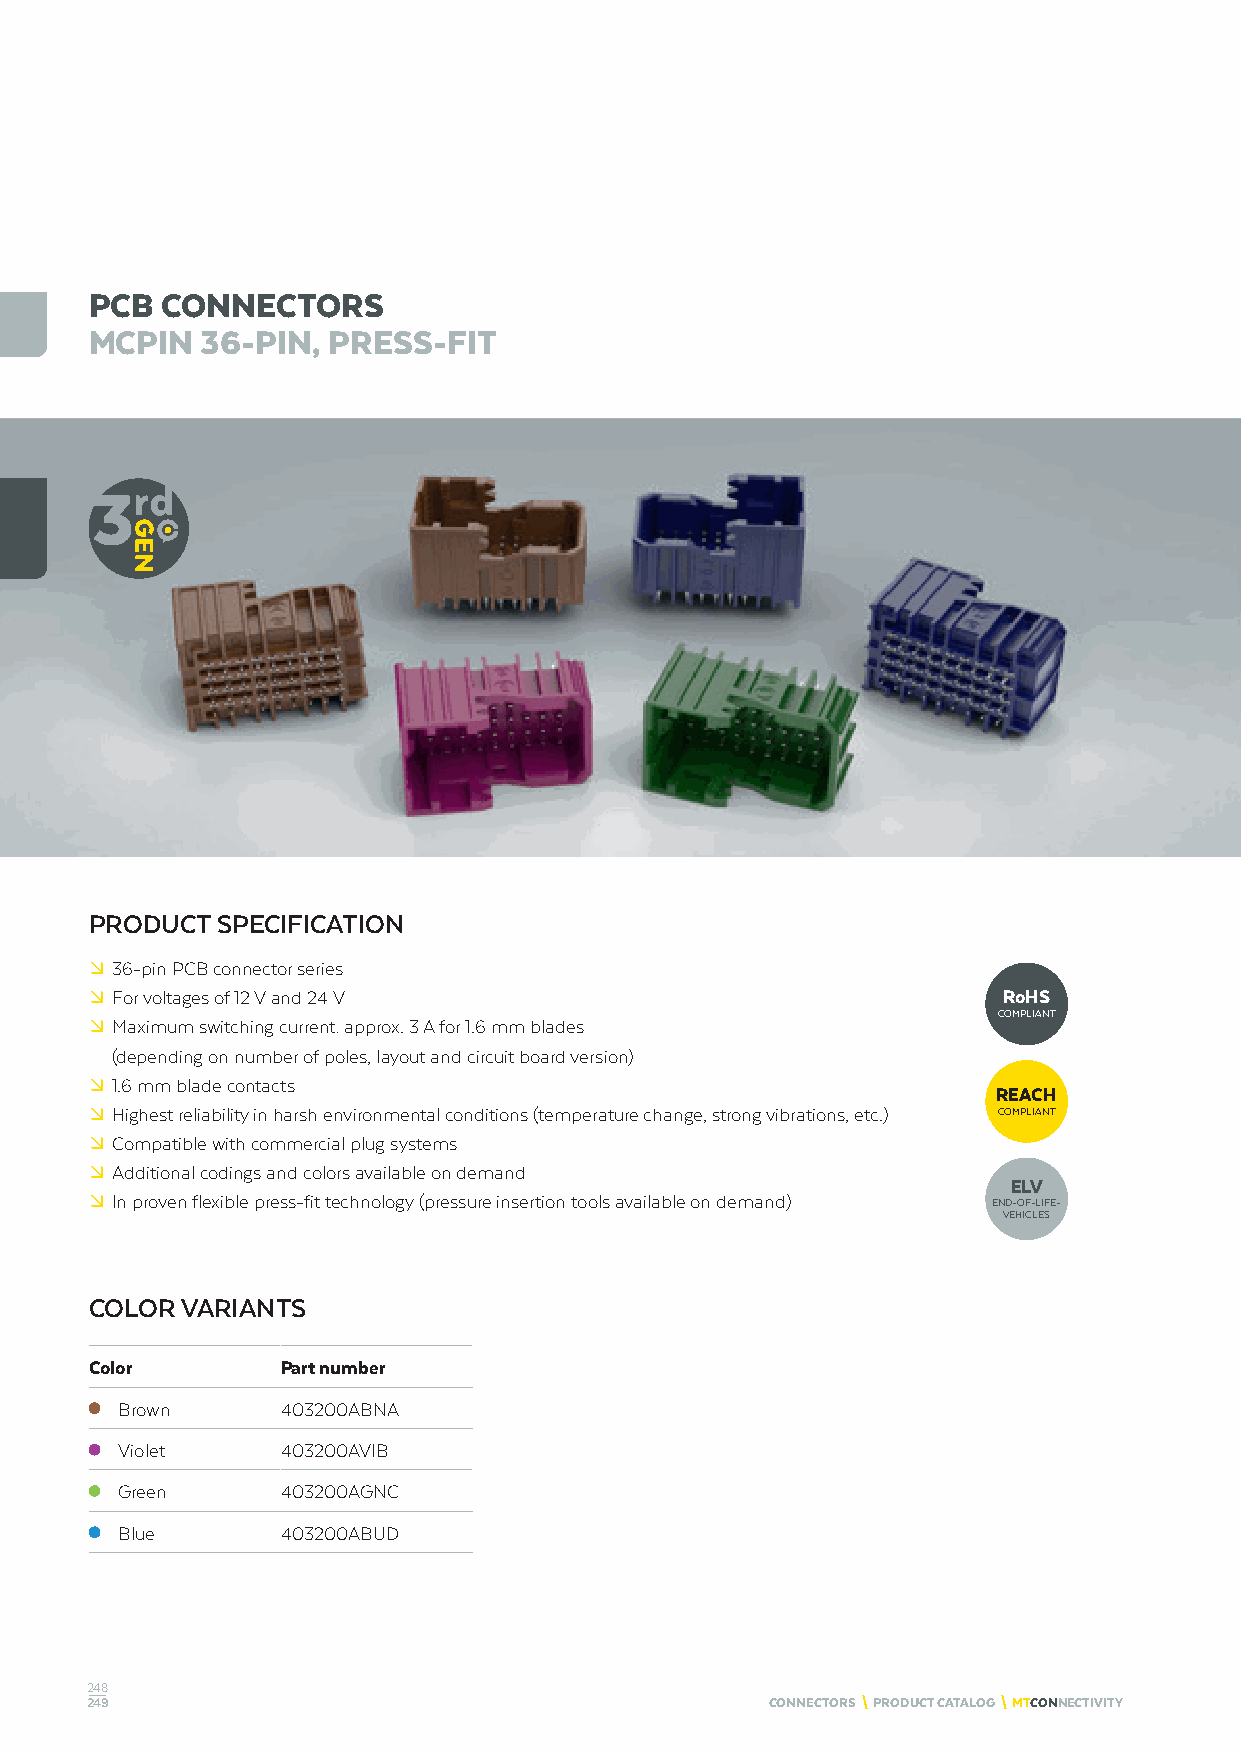
PCB  CONNECTORS
 MCPIN  36-PIN,  PRESS-FIT
 PRODUCT SPECIFICATION
 º 36-pin PCB connector series
 º For voltages of 12 V and 24 V                             RoHS
 COMPLIANT
 º Maximum switching current: approx. 3 A for 1.6 mm blades
 (depending on number of poles, layout and circuit board version)
 º 1.6 mm blade contacts
 REACH
 º Highest reliability in harsh environmental conditions (temperature change, strong vibrations, etc.) COMPLIANT
 º Compatible with commercial plug systems
 º Additional codings and colors available on demand
 ELV
 º In proven flexible press-fit technology (pressure insertion tools available on demand) END-OF-LIFE-
 VEHICLES
 COLOR VARIANTS
 Color        Part number
 Brown      403200ABNA
 Violet     403200AVIB
 Green      403200AGNC
 Blue       403200ABUD
 248
 249                                          CONNECTORS \ PRODUCT CATALOG \ MTCONNECTIVITY